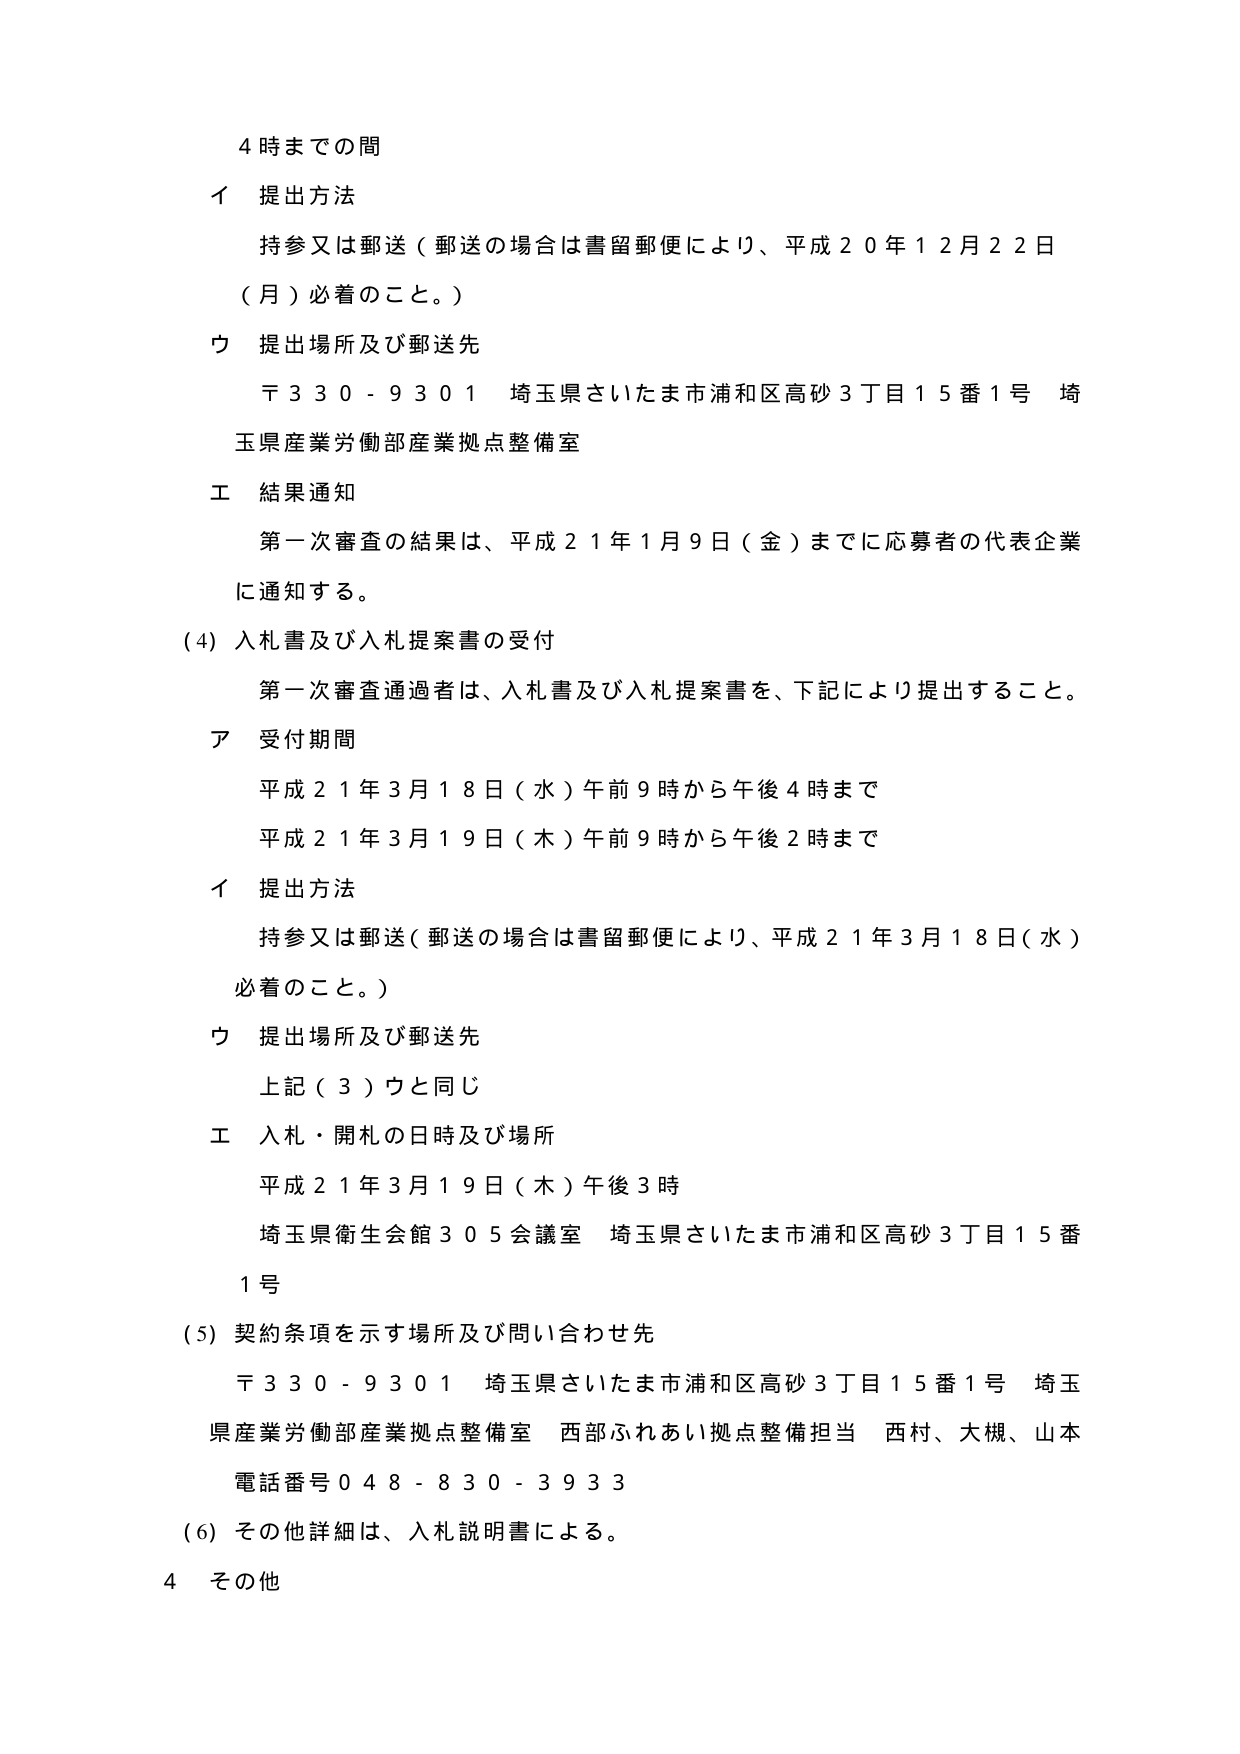
4時までの間
イ 提出方法
持参又は郵送（郵送の場合は書留郵便により、平成20年12月22日（月）必着のこと。）
ウ 提出場所及び郵送先
〒330-9301 埼玉県さいたま市浦和区高砂3丁目15番1号 埼玉県産業労働部産業拠点整備室
エ 結果通知
第一次審査の結果は、平成21年1月9日（金）までに応募者の代表企業に通知する。
(4) 入札書及び入札提案書の受付
第一次審査通過者は、入札書及び入札提案書を、下記により提出すること。
ア 受付期間
平成21年3月18日（水）午前9時から午後4時まで
平成21年3月19日（木）午前9時から午後2時まで
イ 提出方法
持参又は郵送（郵送の場合は書留郵便により、平成21年3月18日（水）必着のこと。）
ウ 提出場所及び郵送先
上記（3）ウと同じ
エ 入札・開札の日時及び場所
平成21年3月19日（木）午後3時
埼玉県衛生会館305会議室 埼玉県さいたま市浦和区高砂3丁目15番1号
(5) 契約条項を示す場所及び問い合わせ先
〒330-9301 埼玉県さいたま市浦和区高砂3丁目15番1号 埼玉県産業労働部産業拠点整備室 西部ふれあい拠点整備担当 西村、大槻、山本
電話番号048-830-3933
(6) その他詳細は、入札説明書による。
4 その他